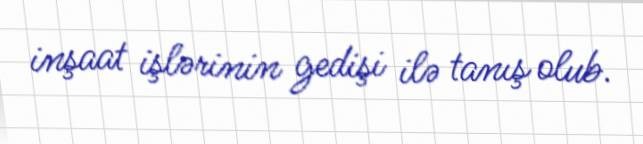
inşaat işlərinin gedişi ilə tanış olub.